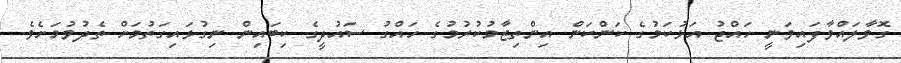
ގޮވާލައްވާފައިވަނީ ހައްޖު އަޅުކަމުގެ ކަންކަން އިންތިޒާމުކުރުމުގެ ހައްގު ސައުދީގެ ކިބައިން ނިގުޅައިގަތުމަށް ތެދުވުމަށެވެ.